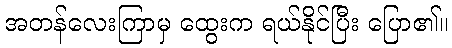
အတန်လေးကြာမှ ထွေးက ရယ်နိုင်ပြီး ပြော၏။